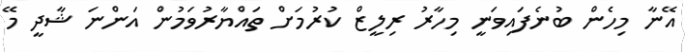
އޭނާ މިހެން ބުނެފައިވަނީ މިހާރު ރިލީޒް ކުރުމަށް ތައްޔާރުވަމުން އަންނަ ޝާދީ މޭ